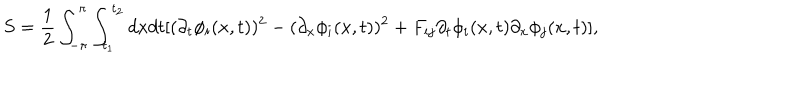
LaTeX: S = \frac { 1 } { 2 } \int _ { - \pi } ^ { \pi } \int _ { t _ { 1 } } ^ { t _ { 2 } } d x d t [ ( \partial _ { t } \phi _ { i } ( x , t ) ) ^ { 2 } - ( \partial _ { x } \phi _ { i } ( x , t ) ) ^ { 2 } + F _ { i j } \partial _ { t } \phi _ { i } ( x , t ) \partial _ { x } \phi _ { j } ( x , t ) ] ,